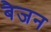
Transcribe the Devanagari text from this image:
बैजन